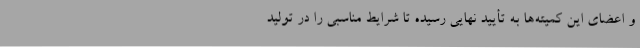
و اعضای این کمیته‌ها به تأیید نهایی رسیده تا شرایط مناسبی را در تولید